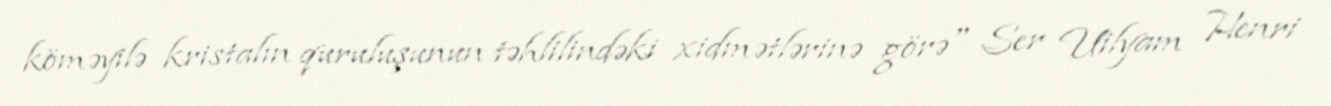
köməyilə kristalın quruluşunun təhlilindəki xidmətlərinə görə" Ser Uilyam Henri